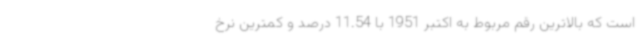
است که بالاترین رقم مربوط به اکتبر 1951 با 11.54 درصد و کمترین نرخ